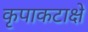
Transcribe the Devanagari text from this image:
कृपाकटाक्षे